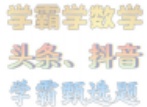
学霸学数学
头条、抖音
学霸刷选题